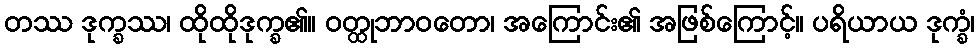
တဿ ဒုက္ခဿ၊ ထိုထိုဒုက္ခ၏။ ဝတ္ထုဘာဝတော၊ အကြောင်း၏ အဖြစ်ကြောင့်။ ပရိယာယ ဒုက္ခံ၊